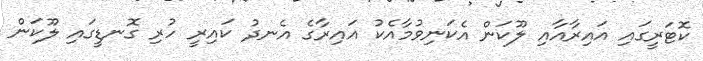
ކޮޓަރީގައި އައިރާއާއި ލޫކަން އެކަނިވުމާއެކު އައިރާގެ އެނދު ކައިރީ ހުރި ގޮނޑީގައި ލޫކަން